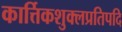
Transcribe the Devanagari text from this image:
कार्त्तिकशुक्लप्रतिपदि